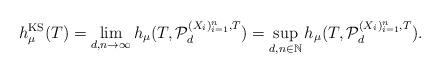
LaTeX: \begin{align*}h_\mu^{\mathrm{KS}}(T)=\lim\limits_{d,n\to\infty} h_\mu(T,\mathcal{P}_d^{(X_i)_{i=1}^n,T})=\sup_{d,n\in {\mathbb N}} h_\mu(T,\mathcal{P}_d^{(X_i)_{i=1}^n,T}).\end{align*}